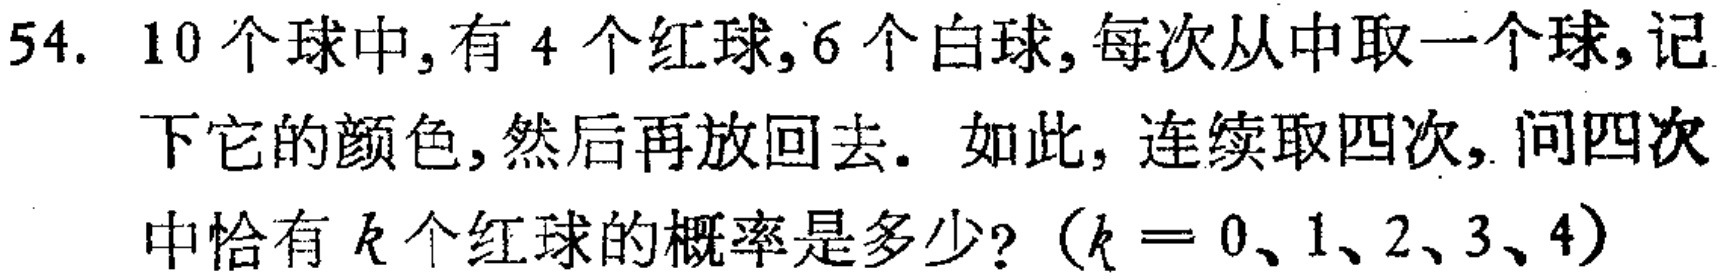
54. 10个球中, 有4个红球, 6个白球, 每次从中取一个球, 记下它的颜色, 然后再放回去. 如此, 连续取四次, 问四次中恰有\(k\)个红球的概率是多少? (\(k = 0、1、2、3、4\))